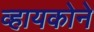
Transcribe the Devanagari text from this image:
व्हायकोने